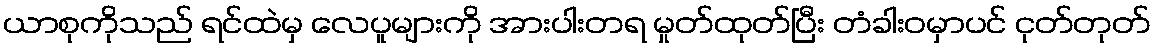
ယာစုကိုသည် ရင်ထဲမှ လေပူများကို အားပါးတရ မှုတ်ထုတ်ပြီး တံခါးဝမှာပင် ငုတ်တုတ်